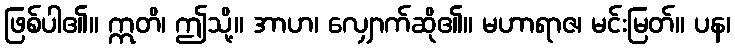
ဖြစ်ပါ၏။ ဣတိ၊ ဤသို့။ အာဟ၊ လျှောက်ဆို၏။ မဟာရာဇ၊ မင်းမြတ်။ ပန၊